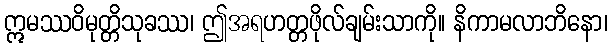
ဣမဿဝိမုတ္တိသုခဿ၊ ဤအရဟတ္တဖိုလ်ချမ်းသာကို။ နိကာမလာဘိနော၊